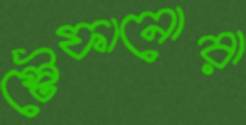
স্টেফানোরা